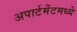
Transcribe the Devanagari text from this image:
अपार्टमेंटमध्ये